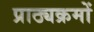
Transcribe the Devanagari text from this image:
प्राठ्यक्रमों